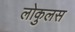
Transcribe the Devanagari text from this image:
लोकुलस